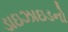
ડાઇઝાઇડનો